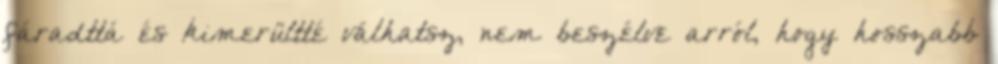
fáradttá és kimerültté válhatsz, nem beszélve arról, hogy hosszabb